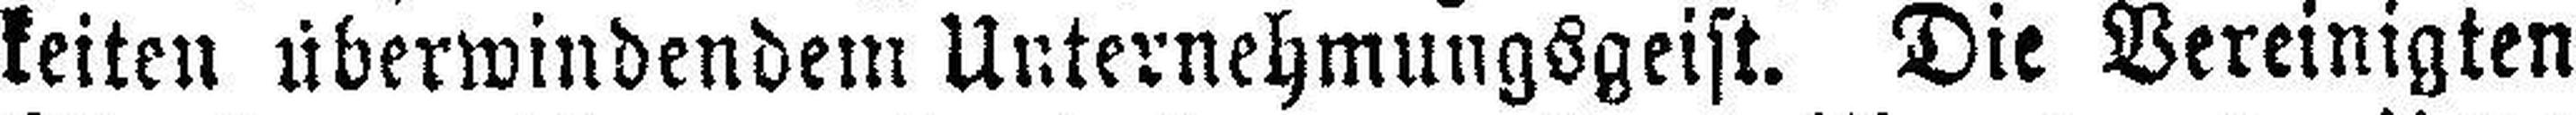
keiten überwindendem Unternehmungsgeist. Die Vereinigten